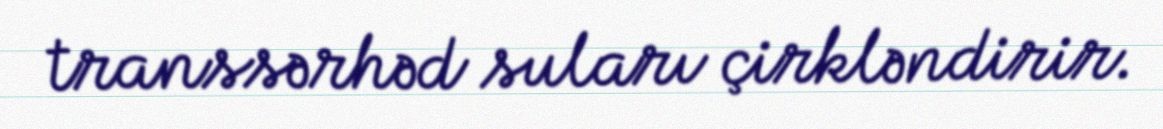
transsərhəd suları çirkləndirir.